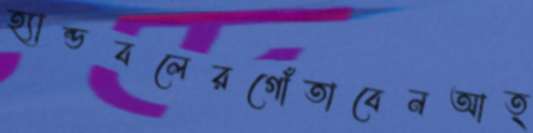
হ্যান্ডবলেরগোঁতাবেনআত্